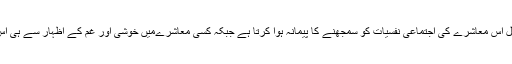
کسی معاشرے میں جذبات کے اظہار کا مجموعی طرزِ عمل اس معاشرے کی اجتماعی نفسیات کو سمجھنے کا پیمانہ ہوا کرتا ہے جبکہ کسی معاشرےمیں خوشی اور غم کے اظہار سے ہی اس معاشرے کی کمزوریوں اور قوت کا اندازہ لگایا جاتا ہے۔